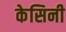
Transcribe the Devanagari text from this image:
केसिनी